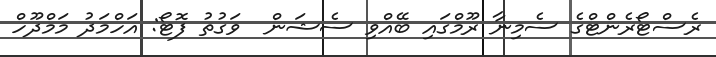
ރެސްޓޯރެންޓްގެ ސެމިނާ ރޫމްގައި ބޭއްވި ސެޝަން  ވަގުތު ފޮޓޯ: އަހްމަދު މަމްދޫހް